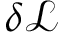
\delta { \mathcal { L } }